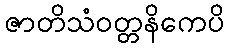
ဇာတိသံဝတ္တနိကေပိ